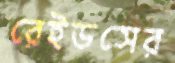
রেইডসের